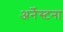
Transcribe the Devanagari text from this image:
अर्नेस्टना